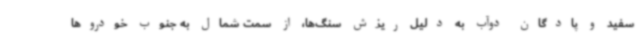
سفید و پادگان دوآب به دلیل ریزش سنگ‌ها، از سمت شمال به جنوب خودروها